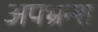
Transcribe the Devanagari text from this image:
अपभ्रन्‍श